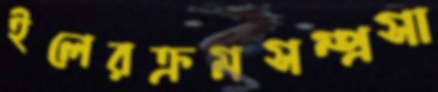
ইলেরক্রমসম্প্রসা